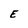
Character: E